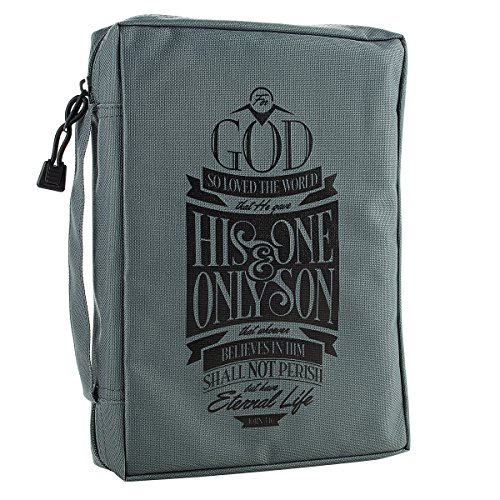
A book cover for Gray Poly-Canvas John 3:16 Bible / Book Cover (Large); Christian Art Gifts; Religion & Spirituality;